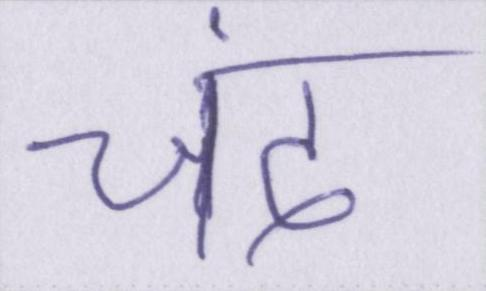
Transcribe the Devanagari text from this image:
चंद